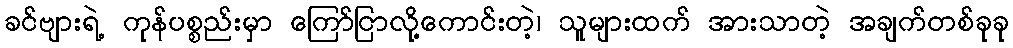
ခင်ဗျားရဲ့ ကုန်ပစ္စည်းမှာ ကြော်ငြာလို့ကောင်းတဲ့၊ သူများထက် အားသာတဲ့ အချက်တစ်ခုခု